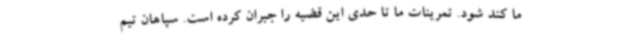
ما کند شود. تمرینات ما تا حدی این قضیه را جبران کرده است. سپاهان تیم